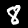
Label: 8